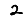
Digit: 2